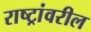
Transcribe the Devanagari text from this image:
राष्ट्रांवरील